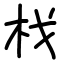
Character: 𣏾